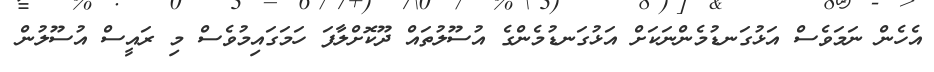
އެހެން ނަމަވެސް އަޅުގަނޑުމެންނަކަށް އަޅުގަނޑުމެންގެ އުސޫލުތައް ދޫކޮށްލާފަ ހަމަގައިމުވެސް މި ރައީސް އުސޫލުން